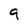
Character: 9